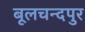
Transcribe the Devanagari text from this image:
बूलचन्दपुर